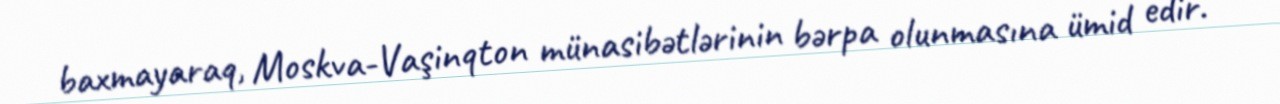
baxmayaraq, Moskva-Vaşinqton münasibətlərinin bərpa olunmasına ümid edir.